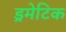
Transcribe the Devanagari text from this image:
ड्रमेटिक